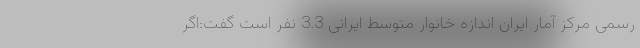
رسمی مرکز آمار ایران اندازه خانوار متوسط ایرانی 3.3 نفر است گفت:اگر